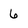
Character: 6